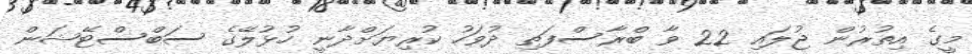
މީގެ އިތުރުން ޖުލައި 22 ވާ ބްރާސްފަތި ދުވަހު ކުރިޔަށްދާނީ ހުޅުލޭގެ ސަބްސްޓޭޝަން